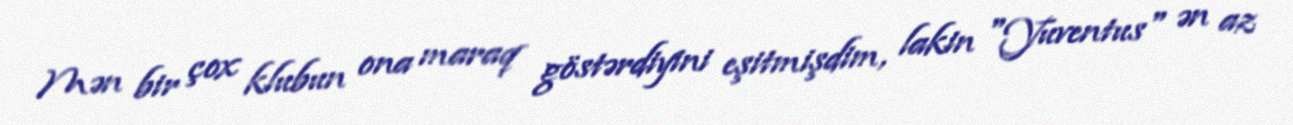
Mən bir çox klubun ona maraq göstərdiyini eşitmişdim, lakin "Yuventus" ən az